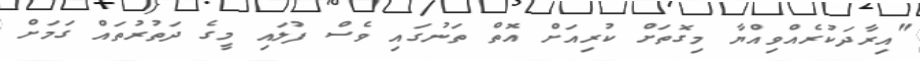
"އިރާދަކުރެއްވިއްޔާ މިގޮތަށް ކުރިއަށް އޮތް ތަނުގައި ވެސް ފުލައި މީގެ ދަތުރުތައް ގަމަށް